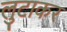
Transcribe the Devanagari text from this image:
लुटाकर